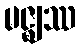
မဇ္ဈဿ